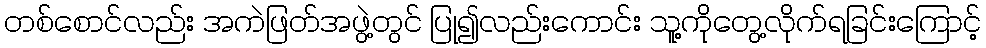
တစ်စောင်လည်း အကဲဖြတ်အဖွဲ့တွင် ပြု၍လည်းကောင်း သူ့ကိုတွေ့လိုက်ရခြင်းကြောင့်